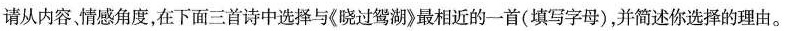
请从内容、情感角度，在下面三首诗中选择与《晓过鸳湖》最相近的一首(填写字母)，并简述你选择的理由。